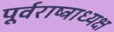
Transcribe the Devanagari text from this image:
पूर्वराष्ट्राध्यक्ष